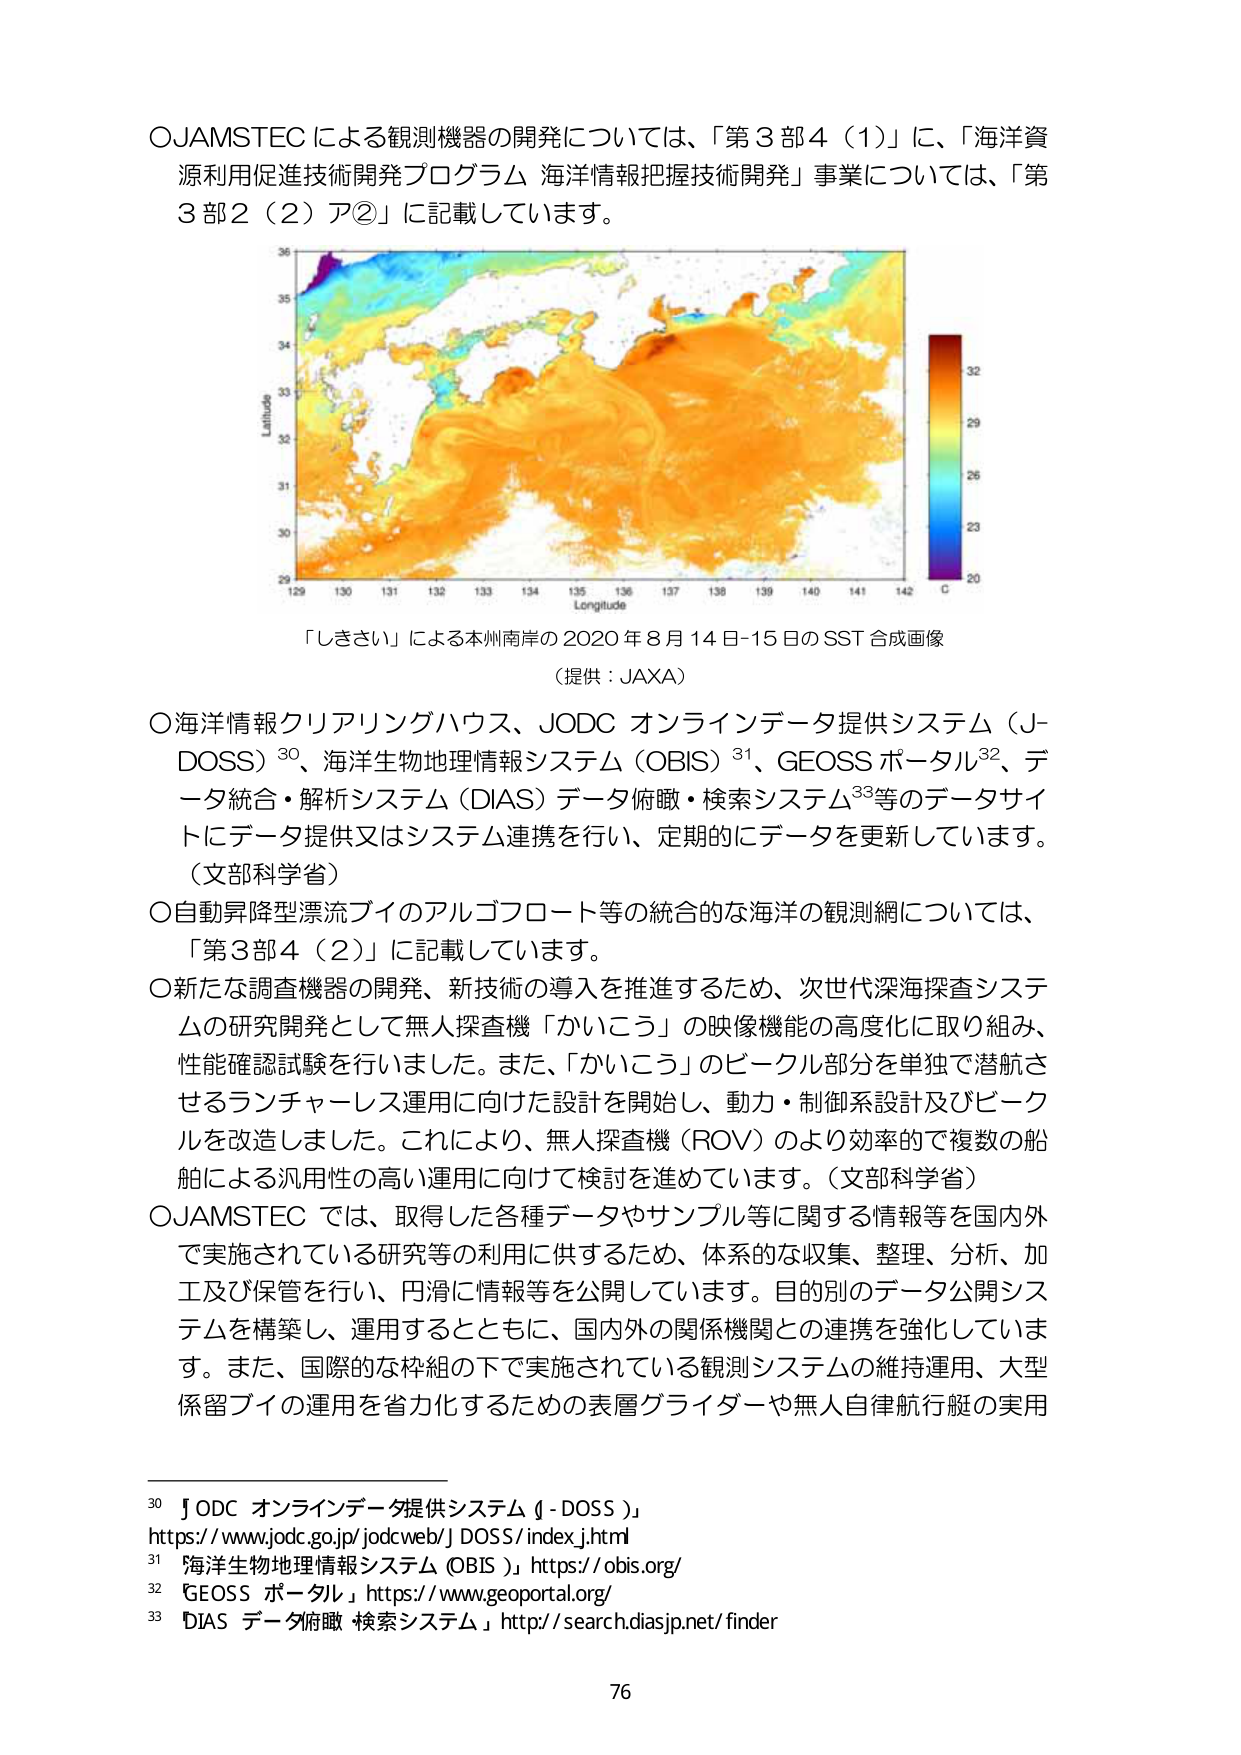
○JAMSTEC による観測機器の開発については、「第３部４（１）」に、「海洋資源利用促進技術開発プログラム 海洋情報把握技術開発」事業については、「第３部２（２）ア②」に記載しています。

Latitude
36
35
34
33
32
31
30
29
129 130 131 132 133 134 135 136 137 138 139 140 141 142
Longitude
32
29
26
23
20
C

「しきさい」による本州南岸の 2020 年 8 月 14 日-15 日の SST 合成画像
（提供：JAXA）

○海洋情報クリアリングハウス、JODC オンラインデータ提供システム（J-DOSS）³⁰、海洋生物地理情報システム（OBIS）³¹、GEOSS ポータル³²、データ統合・解析システム（DIAS）データ俯瞰・検索システム³³等のデータサイトにデータ提供又はシステム連携を行い、定期的にデータを更新しています。
（文部科学省）

○自動昇降型漂流ブイのアルゴフロート等の統合的な海洋の観測網については、「第３部４（２）」に記載しています。

○新たな調査機器の開発、新技術の導入を推進するため、次世代深海探査システムの研究開発として無人探査機「かいこう」の映像機能の高度化に取り組み、性能確認試験を行いました。また、「かいこう」のビークル部分を単独で潜航させるランチャーレス運用に向けた設計を開始し、動力・制御系設計及びビークルを改造しました。これにより、無人探査機（ROV）のより効率的で複数の船舶による汎用性の高い運用に向けて検討を進めています。（文部科学省）

○JAMSTEC では、取得した各種データやサンプル等に関する情報等を国内外で実施されている研究等の利用に供するため、体系的な収集、整理、分析、加工及び保管を行い、円滑に情報を公開しています。目的別のデータ公開システムを構築し、運用するとともに、国内外の関係機関との連携を強化しています。また、国際的な枠組の下で実施されている観測システムの維持運用、大型係留ブイの運用を省力化するための表層グライダーや無人自律航行艇の実用

³⁰ JODC オンラインデータ提供システム（J-DOSS）」
https://www.jodc.go.jp/jodcweb/J_DOSS/index.html

³¹ 「海洋生物地理情報システム（OBIS）」https://obis.org/

³² 「GEOSS ポータル」https://www.geoportal.org/

³³ 「DIAS データ俯瞰・検索システム」http://search.diasjp.net/finder

76